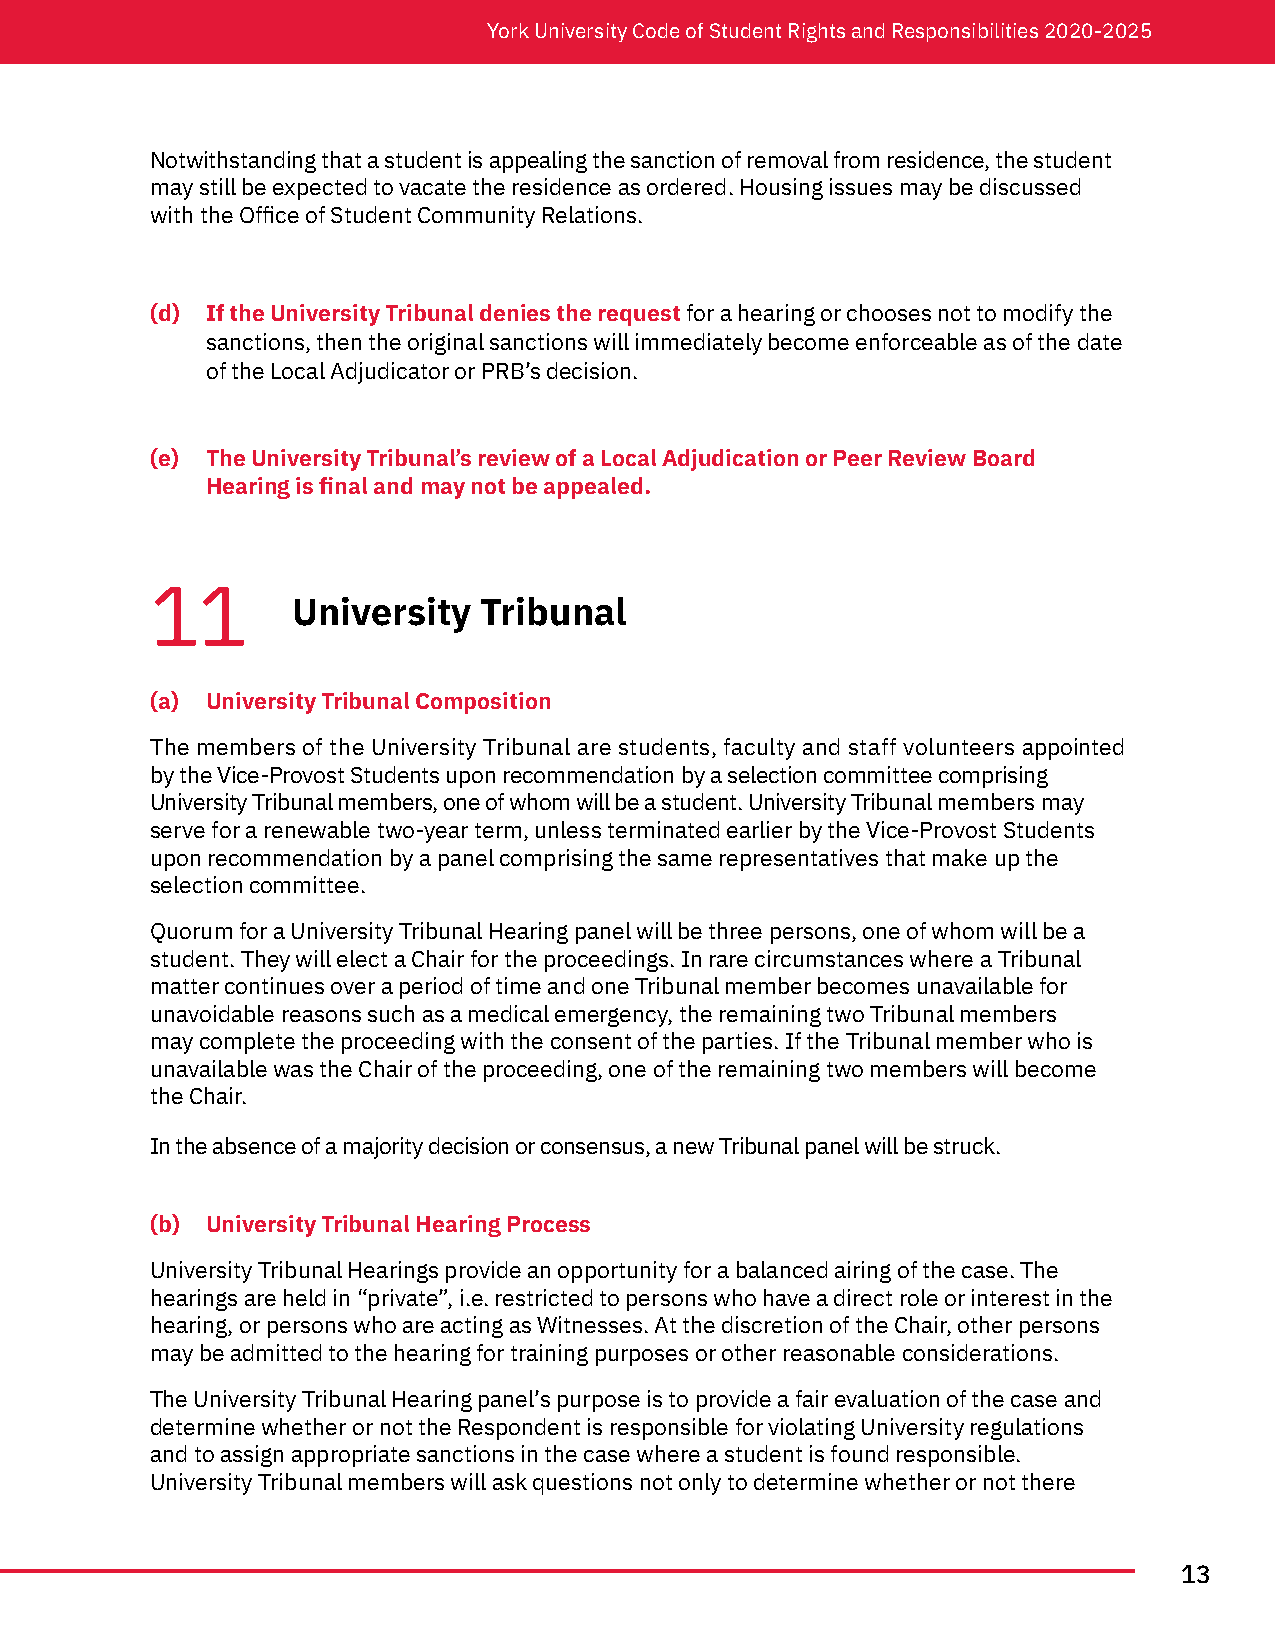
York University Code of Student Rights and Responsibilities 2020-2025
 Notwithstanding that a student is appealing the sanction of removal from residence, the student
 may still be expected to vacate the residence as ordered. Housing issues may be discussed
 with the Office of Student Community Relations.
 (d) If the University Tribunal denies the request for a hearing or chooses not to modify the
 sanctions, then the original sanctions will immediately become enforceable as of the date
 of the Local Adjudicator or PRB’s decision.
 (e) The University Tribunal’s review of a Local Adjudication or Peer Review Board
 Hearing is final and may not be appealed.
 11
 University   Tribunal
 (a) University Tribunal Composition
 The members of the University Tribunal are students, faculty and staff volunteers appointed
 by the Vice-Provost Students upon recommendation by a selection committee comprising
 University Tribunal members, one of whom will be a student. University Tribunal members may
 serve for a renewable two-year term, unless terminated earlier by the Vice-Provost Students
 upon recommendation by a panel comprising the same representatives that make up the
 selection committee.
 Quorum for a University Tribunal Hearing panel will be three persons, one of whom will be a
 student. They will elect a Chair for the proceedings. In rare circumstances where a Tribunal
 matter continues over a period of time and one Tribunal member becomes unavailable for
 unavoidable reasons such as a medical emergency, the remaining two Tribunal members
 may complete the proceeding with the consent of the parties. If the Tribunal member who is
 unavailable was the Chair of the proceeding, one of the remaining two members will become
 the Chair.
 In the absence of a majority decision or consensus, a new Tribunal panel will be struck.
 (b) University Tribunal Hearing Process
 University Tribunal Hearings provide an opportunity for a balanced airing of the case. The
 hearings are held in “private”, i.e. restricted to persons who have a direct role or interest in the
 hearing, or persons who are acting as Witnesses. At the discretion of the Chair, other persons
 may be admitted to the hearing for training purposes or other reasonable considerations.
 The University Tribunal Hearing panel’s purpose is to provide a fair evaluation of the case and
 determine whether or not the Respondent is responsible for violating University regulations
 and to assign appropriate sanctions in the case where a student is found responsible.
 University Tribunal members will ask questions not only to determine whether or not there
 13